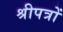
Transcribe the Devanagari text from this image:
श्रीपत्रों